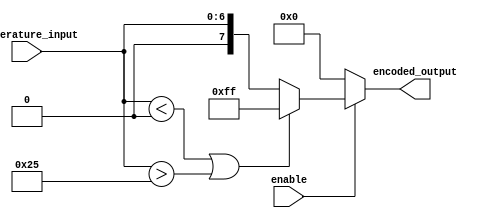
module thermal_encoder(
    input wire [6:0] temperature_input, // 7-bit input for temperature (0-165)
    input wire enable,                   // Enable control signal
    output reg [7:0] encoded_output      // 8-bit output for encoded temperature
);

    // Define the temperature range
    localparam MIN_TEMP = 7'd0;         // Corresponds to -40C
    localparam MAX_TEMP = 7'd165;       // Corresponds to 125C
    localparam ERROR_CODE = 8'b11111111; // Error code for invalid input

    always @(*) begin
        if (enable) begin
            if (temperature_input < MIN_TEMP || temperature_input > MAX_TEMP) begin
                // Input is out of range, set to error code
                encoded_output = ERROR_CODE;
            end else begin
                // Normal operation, encode input directly to output
                encoded_output = {1'b0, temperature_input}; // 8-bit output
            end
        end else begin
            encoded_output = 8'b00000000; // Disable output
        end
    end

endmodule